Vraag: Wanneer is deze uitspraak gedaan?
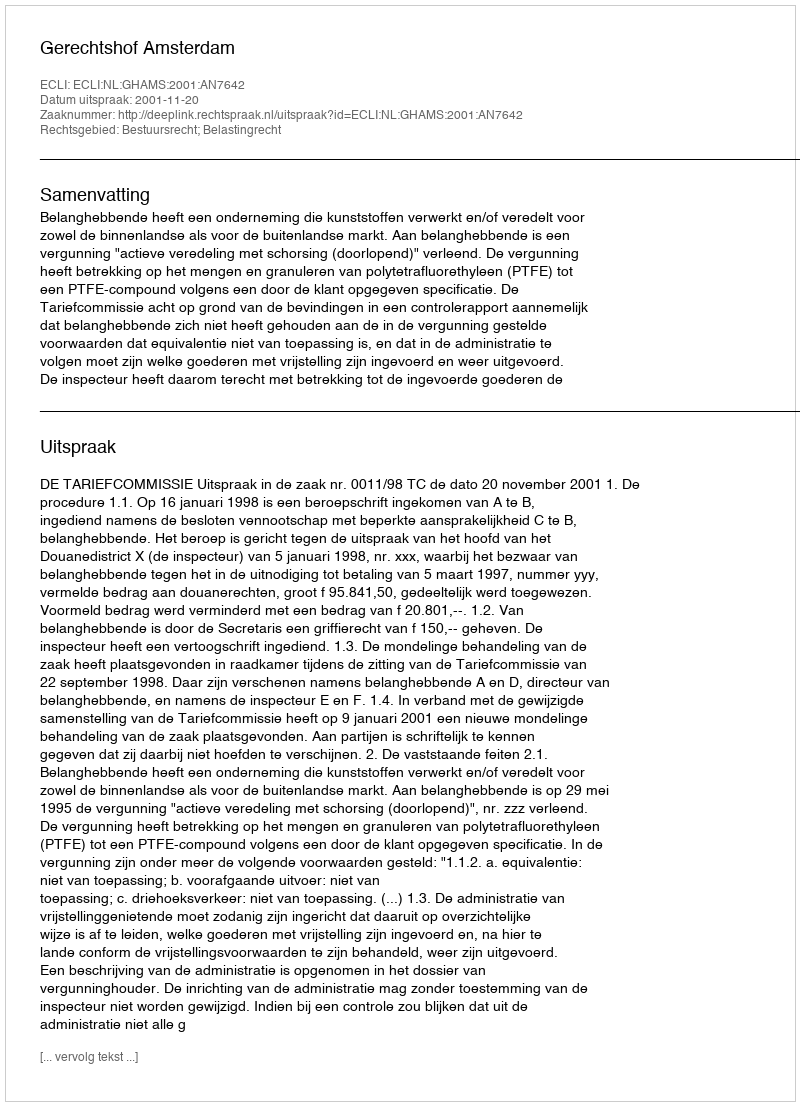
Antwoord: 2001-11-20